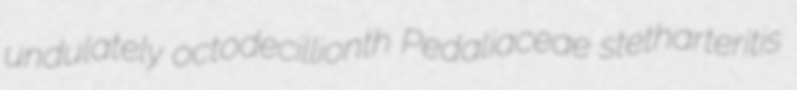
undulately octodecillionth Pedaliaceae stetharteritis